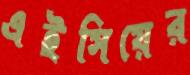
এইসিয়ের